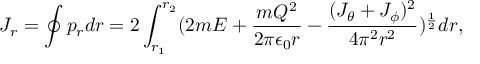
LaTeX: J _ { r } = \oint p _ { r } d r = 2 \int _ { r _ { 1 } } ^ { r _ { 2 } } ( 2 m E + { \frac { m Q ^ { 2 } } { 2 \pi \epsilon _ { 0 } r } } - { \frac { ( J _ { \theta } + J _ { \phi } ) ^ { 2 } } { 4 \pi ^ { 2 } r ^ { 2 } } } ) ^ { \frac { 1 } { 2 } } d r ,